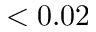
< 0 . 0 2